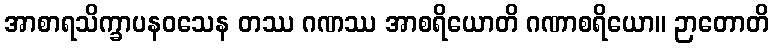
အာစာရသိက္ခာပနဝသေန တဿ ဂဏဿ အာစရိယောတိ ဂဏာစရိယော။ ဉာတောတိ